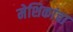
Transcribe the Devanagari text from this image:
मेशिकांचा